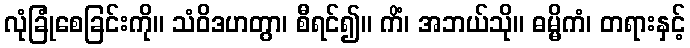
လုံခြုံစေခြင်းကို။ သံဝိဒဟတွာ၊ စီရင်၍။ ကိံ၊ အဘယ်သို။ ဓမ္မိကံ၊ တရားနှင့်